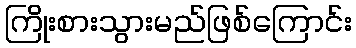
ကြိုးစားသွားမည်ဖြစ်ကြောင်း